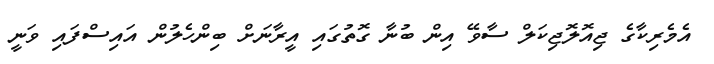
އެމެރިކާގެ ޖިއޮލޮޖިކަލް ސާވޭ އިން ބުނާ ގޮތުގައި އީރާނަށް ބިންހެލުން އައިސްފައި ވަނީ